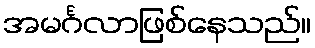
အမင်္ဂလာဖြစ်နေသည်။